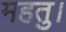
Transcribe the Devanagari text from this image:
महतु।